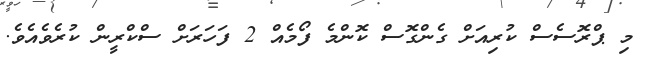
މި ޕްރޮސެސް ކުރިއަށް ގެންގޮސް ކޮންމެ ފޯމެއް 2 ފަހަރަށް ސްކްރީން ކުރެވެއެވެ.